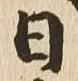
日